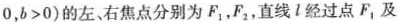
0，$$b>0$$)的左、右焦点分别为F_{1}，F_{2}，直线l经过点F_{1}及